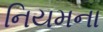
નિયમના